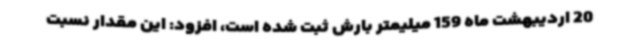
20 اردیبهشت ماه 159 میلیمتر بارش ثبت شده است، افزود: این مقدار نسبت